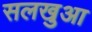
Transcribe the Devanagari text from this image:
सलखुआ